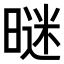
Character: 𣉢